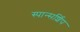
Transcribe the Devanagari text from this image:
स्पान्सर्शिप